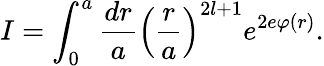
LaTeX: I=\int_{0}^{a}\frac{dr}{a}\left(\frac{r}{a}\right)^{2l+1}e^{2e\varphi(r)}.